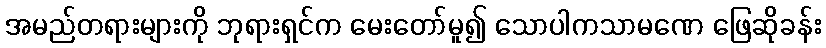
အမည်တရားများကို ဘုရားရှင်က မေးတော်မူ၍ သောပါကသာမဏေ ဖြေဆိုခန်း